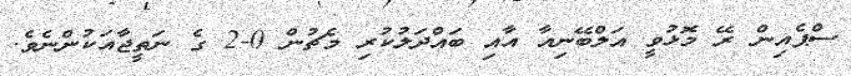
ސްޕެއިން ރޭ މޮޅުވީ އަލްބޭނިއާ އާއި ބައްދަލުކުރި މެޗުން 0-2 ގެ ނަތީޖާއަކުންނެވެ.